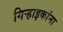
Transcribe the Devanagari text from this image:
गिऱ्हाइकांना